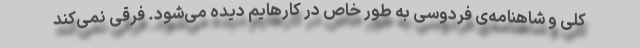
کلی و شاهنامه‌ی فردوسی به طور خاص در کارهایم دیده می‌شود. فرقی نمی‌کند